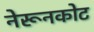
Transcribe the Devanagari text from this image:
नेरूनकोट